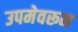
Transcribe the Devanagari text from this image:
उपमेवरून